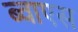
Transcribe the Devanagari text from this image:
ब्वाएस